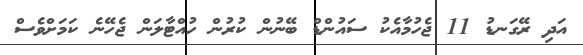
އަދި ރޭގަނޑު 11 ޖެހުމާއެކު ސައުންޑް ބޭނުން ކުރުން ހުއްޓާލަން ޖެހޭނެ ކަމަށްވެސް